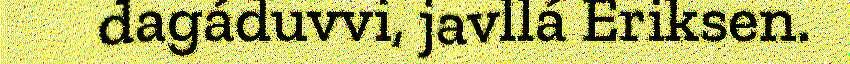
dagáduvvi, javllá Eriksen.